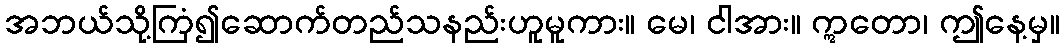
အဘယ်သို့ကြံ၍ဆောက်တည်သနည်းဟူမူကား။ မေ၊ ငါအား။ ဣတော၊ ဤနေ့မှ။